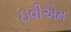
ઇવીએમ